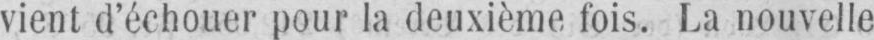
vient d’échouer pour la deuxième fois. La nouvelle